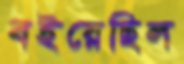
বইয়েছিল